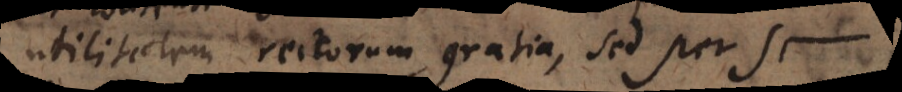
utilitatem rectorum gratia, sed per se